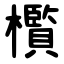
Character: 㰓